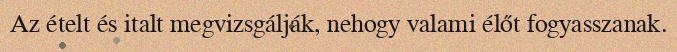
Az ételt és italt megvizsgálják, nehogy valami élőt fogyasszanak.